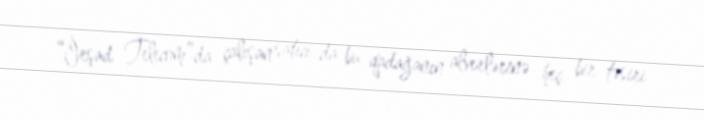
“İrşad Telecom”da çalışan satıcı da bu qadağanın alverlərinə heç bir təsiri